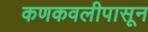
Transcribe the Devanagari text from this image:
कणकवलीपासून